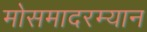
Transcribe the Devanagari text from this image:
मोसमादरम्यान